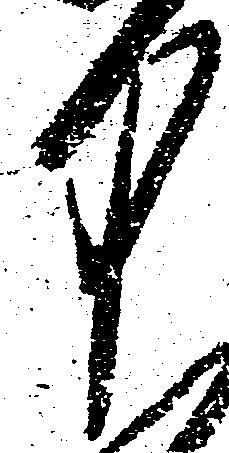
中